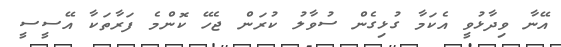
އޭނާ ވިދާޅުވީ އެކަމާ ގުޅިގެން ސުވާލު ކުރަން ޖެހޭ ކޮންމެ ފަރާތަކާ އޭސީސީ